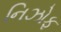
નિઝોફ